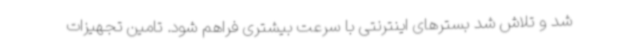
شد و تلاش شد بسترهای اینترنتی با سرعت بیشتری فراهم شود. تامین تجهیزات